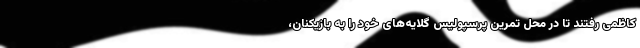
کاظمی رفتند تا در محل تمرین پرسپولیس گلایه‌های خود را به بازیکنان،